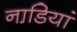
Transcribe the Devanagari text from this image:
नाडि़यां